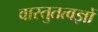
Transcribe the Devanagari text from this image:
वास्तुतत्वज्ञों